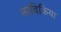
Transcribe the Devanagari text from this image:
नाबिकिया